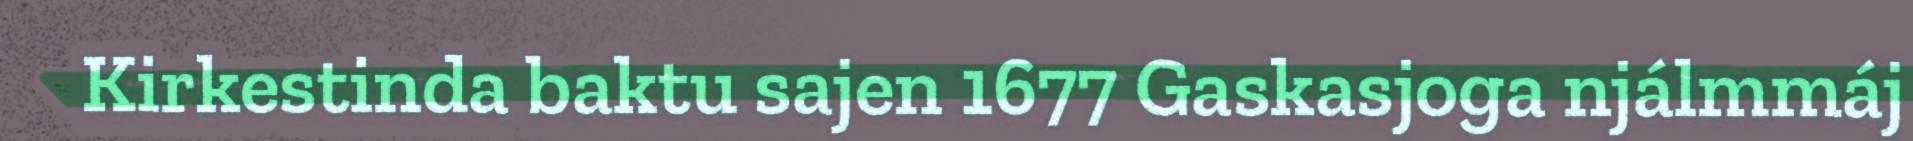
Kirkestinda baktu sajen 1677 Gaskasjoga njálmmáj